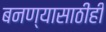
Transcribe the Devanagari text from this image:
बनण्यासाठीही